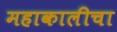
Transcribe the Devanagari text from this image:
महाकालीचा